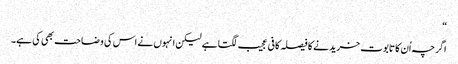
“
اگرچہ اُن کا تابوت خریدنے کا فیصلہ کافی عجیب لگتا ہے لیکن انہوں نے اس کی وضاحت بھی کی ہے۔